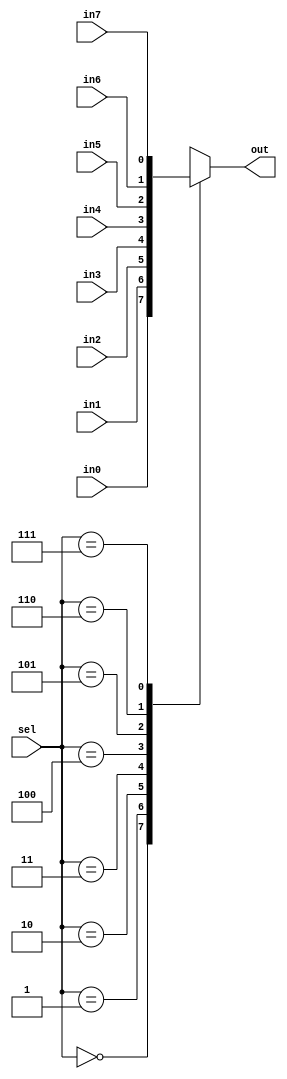
module mux_8x1 #(parameter WIDTH = 1) (

input [WIDTH-1:0] in0,
input [WIDTH-1:0] in1,
input [WIDTH-1:0] in2,
input [WIDTH-1:0] in3,
input [WIDTH-1:0] in4,
input [WIDTH-1:0] in5,
input [WIDTH-1:0] in6,
input [WIDTH-1:0] in7,
input [2:0] sel,
output reg [WIDTH-1:0] out

);

always @(*)
 begin
     case(sel)
	     3'b000: out = in0;
	     3'b001: out = in1;
	     3'b010: out = in2;
	     3'b011: out = in3;
	     3'b100: out = in4;
	     3'b101: out = in5;
	     3'b110: out = in6;
	     3'b111: out = in7;
		 default : out = in0;
	 endcase 
 end
 
endmodule